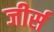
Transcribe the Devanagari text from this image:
जीर्स